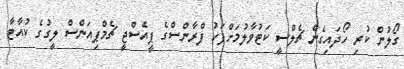
ގޯލުން ކުރި ހޯދައިގެން ޗެލްސީ ކަޓުވާލުމަށްފަހު ފްރާންސްގެ ޕީއެސްޖީ ޗެމްޕިއަންސް ލީގުގެ ކުއާޓާ